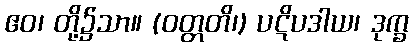
ဧဝ၊ တို့၌သာ။ (ဝတ္တတိ၊) ပဋိပဒါယ၊ ဒုက္ခ